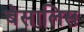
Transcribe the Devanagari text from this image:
बेसालिस